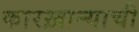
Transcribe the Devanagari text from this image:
कारख़ान्याची